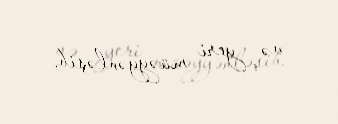
və yeri müəyyənləşib.